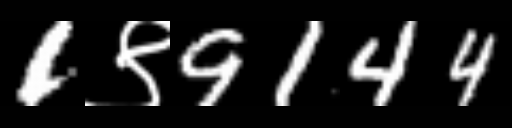
Text: 1९9144